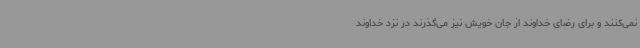
نمی‌کنند و برای رضای خداوند از جان خویش نیز می‌گذرند در نزد خداوند